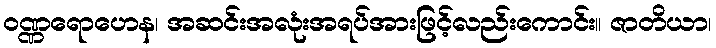
ဝဏ္ဏရောဟေန၊ အဆင်းအလုံးအရပ်အားဖြင့်လည်းကောင်း။ ဇာတိယာ၊